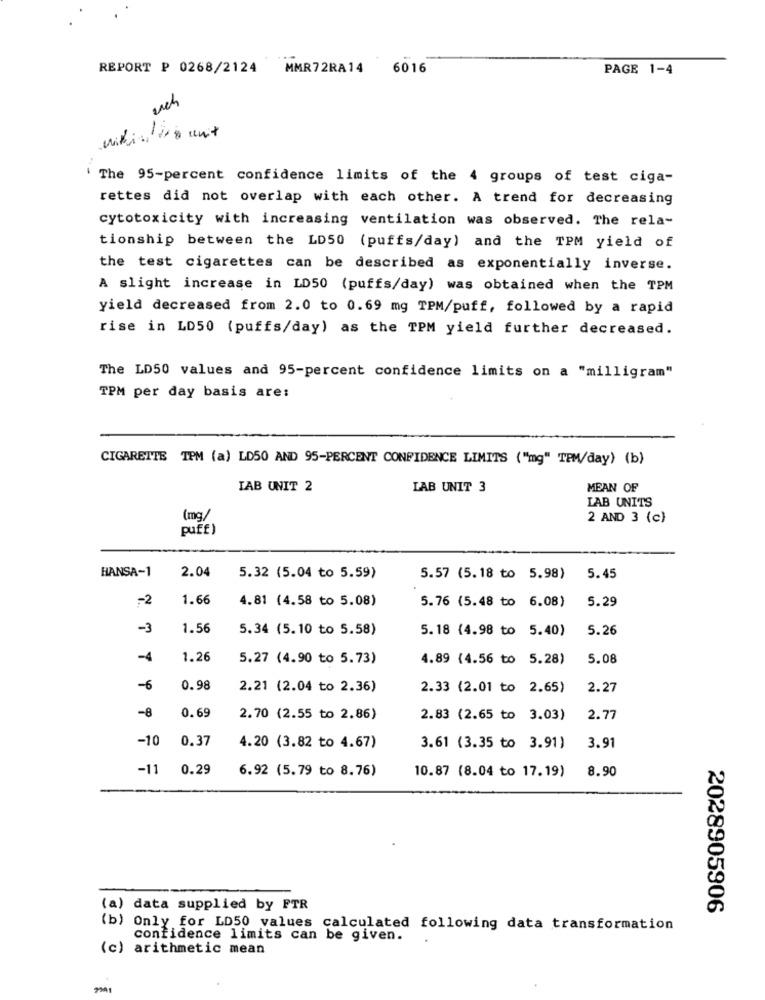
REPORT P 0268/2124
MMR72RA14
6016
PAGE 1-4
ench
The 95-percent confidence limits of the 4 groups of test ciga-
rettes did not overlap with each other. A trend for decreasing
cytotoxicity with increasing ventilation was observed. The rela-
tionship between the LD50 (puffs/day) and the TPM yield of
the test cigarettes can be described as exponentially inverse.
A slight increase in LD50 (puffs/day) was obtained when the TPM
yield decreased from 2.0 to 0.69 mg TPM/puff, followed by a rapid
rise in LD50 (puffs/day) as the TPM yield further decreased.
The LD50 values and 95-percent confidence limits on a "milligram"
TPM per day basis are:
CIGARETTE TPM (a) LD50 AND 95-PERCENT CONFIDENCE LIMITS ("mg" TPM/day) (b)
TAB UNIT 2
LAB UNIT 3
MEAN OF
LAB UNITS
(mg/
2 AND 3 (c)
puff)
HANSA-1
2.04
5.32 (5.04 to 5.59)
5.57 (5.18 to 5.98)
5.45
-2
1.66
4.81 (4.58 to 5.08)
5.76 (5.48 to 6.08)
5.29
-3
1.56
5.34 (5.10 to 5.58)
5.18 (4.98 to 5.40)
5.26
-4
1.26
5.27 (4.90 to 5.73)
4.89 (4.56 to 5.28)
5.08
-6
0.98
2.21 (2.04 to 2.36)
2.33 (2.01 to 2.65)
2.27
-8
0.69
2.70 (2.55 to 2.86)
2.83 (2.65 to 3.03)
2.77
-10
0.37
3.91
4.20 (3.82 to 4.67)
3.61 (3.35 to 3.91)
-11
0.29
6.92 (5.79 to 8.76)
10.87 (8.04 to 17.19)
8.90
(a) data supplied by FTR
2028905906
(b) Only for LD50 values calculated following data transformation
confidence limits can be given.
(c) arithmetic mean